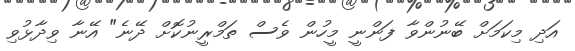
އަދި މިކަމަށް ބޭނުންވާ ފަންނީ މީހުން ވެސް ތަމްރީނުކޮށް ދޭނެ" އޭނާ ވިދާޅުވި